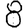
Digit: 8